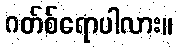
ဂတ်စ်ရောပါလား။